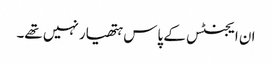
ان ایجنٹس کے پاس ہتھیار نہیں تھے۔